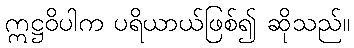
ဣဋ္ဌဝိပါက ပရိယာယ်ဖြစ်၍ ဆိုသည်။